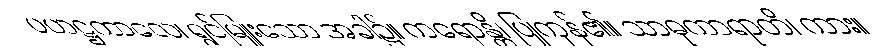
ပဟဋ္ဌကာလေ၊ ရွှင်မြူးသော အခါ၌။ ကရောန္တိ၊ ပြုကုန်၏။ သာဓုကာရာတိ၊ ကား။